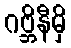
ဂဗ္ဘိနီမှိ